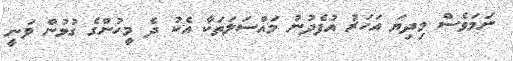
ނަމަވެސް މިދިޔަ އަހަރު އުފެދުނު މައްސަލަތަކާ އެކު ދެ މީހުންގެ ގުޅުން ވަނީ